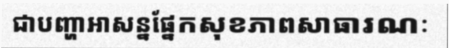
ជាបញ្ហាអាសន្នផ្នែកសុខភាពសាធារណៈ